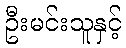
ဦးမင်းသူနှင့်